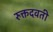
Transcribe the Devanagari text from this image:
रुक्तदवती